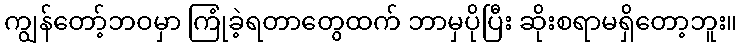
ကျွန်တော့်ဘဝမှာ ကြုံခဲ့ရတာတွေထက် ဘာမှပိုပြီး ဆိုးစရာမရှိတော့ဘူး။